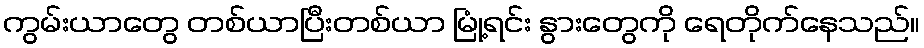
ကွမ်းယာတွေ တစ်ယာပြီးတစ်ယာ မြုံ့ရင်း နွားတွေကို ရေတိုက်နေသည်။